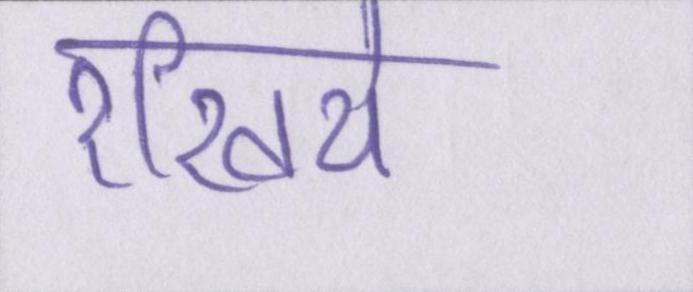
रखिये